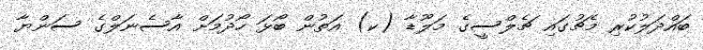
ބައްދަލުކުރި މެޗުގައި ޗެލްސީގެ މަލޫޑާ (ކ) އަތުން ބޯޅަ ހޯދުމަށް އާސެނަލްގެ ސަންޔާ